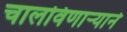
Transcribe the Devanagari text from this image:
चालविणाऱ्याने